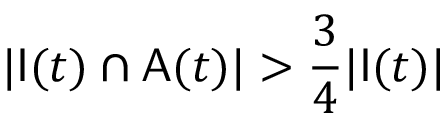
| \mathsf { I } ( t ) \cap \mathsf { A } ( t ) | > \frac { 3 } { 4 } | \mathsf { I } ( t ) |